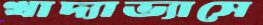
খাদ্যাভ্যাসে